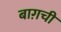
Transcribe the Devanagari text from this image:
बाग़ची